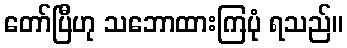
တော်ပြီဟု သဘောထားကြပုံ ရသည်။